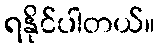
ရနိုင်ပါတယ်။